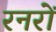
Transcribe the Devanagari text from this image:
रनरों